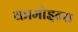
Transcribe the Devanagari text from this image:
कामोइन्स